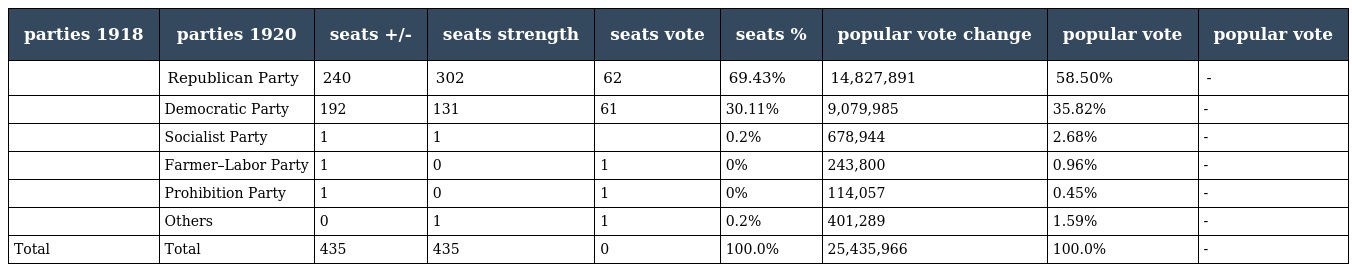
| parties 1918 | parties 1920 | seats +/- | seats strength | seats vote | seats % | popular vote change | popular vote | popular vote |
 | --- | --- | --- | --- | --- | --- | --- | --- | --- |
 |  | Republican Party | 240 | 302 | 62 | 69.43% | 14,827,891 | 58.50% | - |
 |  | Democratic Party | 192 | 131 | 61 | 30.11% | 9,079,985 | 35.82% | - |
 |  | Socialist Party | 1 | 1 |  | 0.2% | 678,944 | 2.68% | - |
 |  | Farmer–Labor Party | 1 | 0 | 1 | 0% | 243,800 | 0.96% | - |
 |  | Prohibition Party | 1 | 0 | 1 | 0% | 114,057 | 0.45% | - |
 |  | Others | 0 | 1 | 1 | 0.2% | 401,289 | 1.59% | - |
 | Total | Total | 435 | 435 | 0 | 100.0% | 25,435,966 | 100.0% | - |